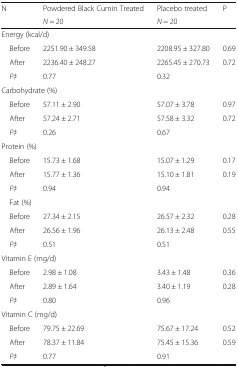
| <ROWSPAN=2> N | Powdered Black Cumin Treated | Placebo treated | <ROWSPAN=2> P |
 | N = 20 | N = 20 |
 | --- | --- | --- | --- |
 | <COLSPAN=4> Energy (kcal/d) |
 | Before | 2251.90 ± 349.58 | 2208.95 ± 327.80 | 0.69 |
 | After | 2236.40 ± 248.27 | 2265.45 ± 270.73 | 0.72 |
 | P‡ | 0.77 | 0.32 |  |
 | <COLSPAN=4> Carbohydrate (%) |
 | Before | 57.11 ± 2.90 | 57.07 ± 3.78 | 0.97 |
 | After | 57.24 ± 2.71 | 57.58 ± 3.32 | 0.72 |
 | P‡ | 0.26 | 0.67 |  |
 | <COLSPAN=4> Protein (%) |
 | Before | 15.73 ± 1.68 | 15.07 ± 1.29 | 0.17 |
 | After | 15.77 ± 1.36 | 15.10 ± 1.81 | 0.19 |
 | P‡ | 0.94 | 0.94 |  |
 | <COLSPAN=4> Fat (%) |
 | Before | 27.34 ± 2.15 | 26.57 ± 2.32 | 0.28 |
 | After | 26.56 ± 1.96 | 26.13 ± 2.48 | 0.55 |
 | P‡ | 0.51 | 0.51 |  |
 | <COLSPAN=4> Vitamin E (mg/d) |
 | Before | 2.98 ± 1.08 | 3.43 ± 1.48 | 0.36 |
 | After | 2.89 ± 1.64 | 3.40 ± 1.19 | 0.28 |
 | P‡ | 0.80 | 0.96 |  |
 | <COLSPAN=4> Vitamin C (mg/d) |
 | Before | 79.75 ± 22.69 | 75.67 ± 17.24 | 0.52 |
 | After | 78.37 ± 11.84 | 75.45 ± 15.36 | 0.59 |
 | P‡ | 0.77 | 0.91 |  |